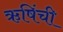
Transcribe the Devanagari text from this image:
ऋषिंची